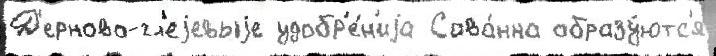
Д'ерново-гл'еjевыjе удобр'е́н'иjа Сава́нна образу́ютс'я